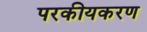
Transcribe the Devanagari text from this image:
परकीयकरण